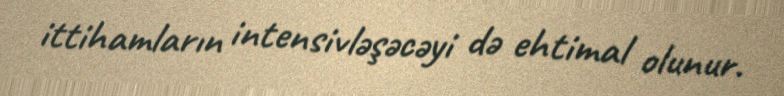
ittihamların intensivləşəcəyi də ehtimal olunur.